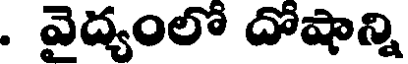
. వైద్యంలో దోషాన్ని